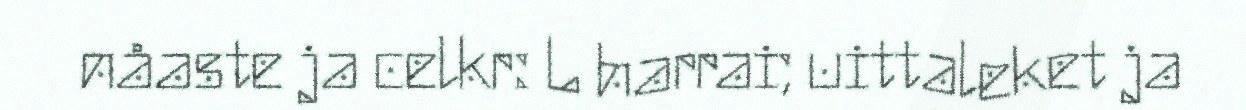
nåaste ja celkr: L harrai; uittaleket ja